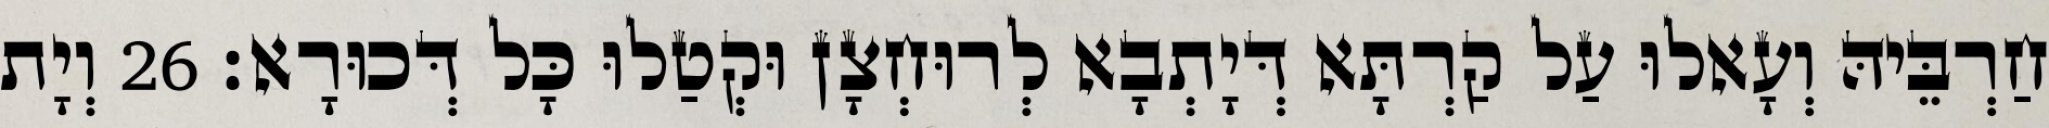
חַרְבֵּיהּ וְעָאלוּ עַל קַרְתָּא דְּיָתְבָא לְרוּחְצָן וּקְטַלוּ כָּל דְּכוּרָא׃ 26 וְיָת